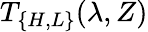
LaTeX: T_{\{ H,L\} }(\lambda,Z)